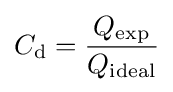
C_{\text{d}}={\frac {Q_{\text{exp}}}{Q_{\text{ideal}}}}